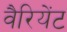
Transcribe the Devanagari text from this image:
वैरियेंट